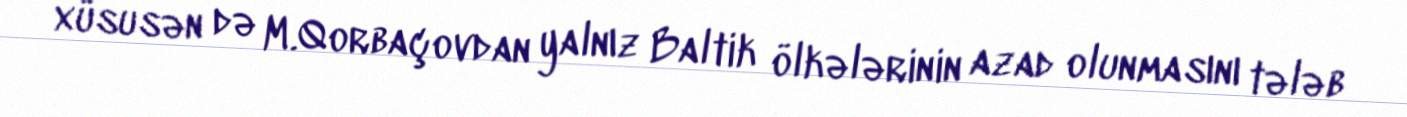
xüsusən də M.Qorbaçovdan yalnız Baltik ölkələrinin azad olunmasını tələb